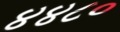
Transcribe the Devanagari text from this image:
४४८०